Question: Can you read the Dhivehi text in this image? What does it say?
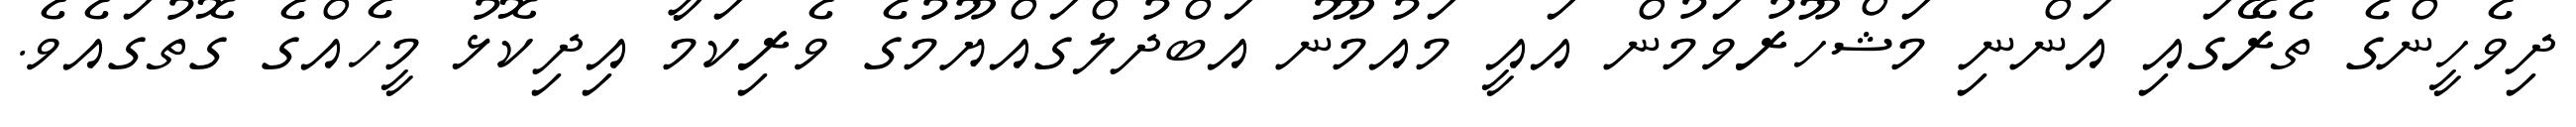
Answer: ދިވެހީންގެ ތެރޭގައި އަންނި މަޝްހޫރުވަމުން އައީ މައުމޫނު އަބްދުލްގައްޔޫމުގެ ވެރިކަމާ އިދިކޮޅު މީހެއްގެ ގޮތުގައެވެ.